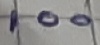
Text: 100